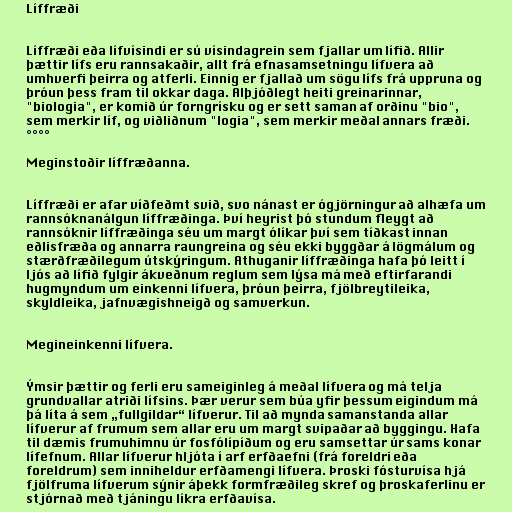
Líffræði

Líffræði eða lífvísindi er sú vísindagrein sem fjallar um lífið. Allir
þættir lífs eru rannsakaðir, allt frá efnasamsetningu lífvera að
umhverfi þeirra og atferli. Einnig er fjallað um sögu lífs frá uppruna og
þróun þess fram til okkar daga. Alþjóðlegt heiti greinarinnar,
"biologia", er komið úr forngrísku og er sett saman af orðinu "bio",
sem merkir líf, og viðliðnum "logia", sem merkir meðal annars fræði.
°°°°

Meginstoðir líffræðanna.

Líffræði er afar víðfeðmt svið, svo nánast er ógjörningur að alhæfa um
rannsóknanálgun líffræðinga. Því heyrist þó stundum fleygt að
rannsóknir líffræðinga séu um margt ólíkar því sem tíðkast innan
eðlisfræða og annarra raungreina og séu ekki byggðar á lögmálum og
stærðfræðilegum útskýringum. Athuganir líffræðinga hafa þó leitt í
ljós að lífið fylgir ákveðnum reglum sem lýsa má með eftirfarandi
hugmyndum um einkenni lífvera, þróun þeirra, fjölbreytileika,
skyldleika, jafnvægishneigð og samverkun.

Megineinkenni lífvera.

Ýmsir þættir og ferli eru sameiginleg á meðal lífvera og má telja
grundvallar atriði lífsins. Þær verur sem búa yfir þessum eigindum má
þá líta á sem „fullgildar“ lífverur. Til að mynda samanstanda allar
lífverur af frumum sem allar eru um margt svipaðar að byggingu. Hafa
til dæmis frumuhimnu úr fosfólípíðum og eru samsettar úr sams konar
lífefnum. Allar lífverur hljóta í arf erfðaefni (frá foreldri eða
foreldrum) sem inniheldur erfðamengi lífvera. Þroski fósturvísa hjá
fjölfruma lífverum sýnir áþekk formfræðileg skref og þroskaferlinu er
stjórnað með tjáningu líkra erfðavísa.